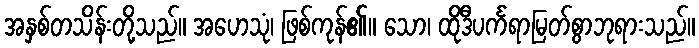
အနှစ်တသိန်းတို့သည်။ အဟေသုံ၊ ဖြစ်ကုန်၏။ သော၊ ထိုဒီပင်္ကရာမြတ်စွာဘုရားသည်။